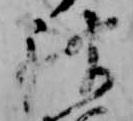
被